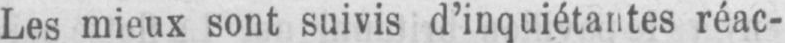
Les mieux sont suivis d’inquiétantes réac-